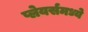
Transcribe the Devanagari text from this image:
प्लेयर्समध्ये